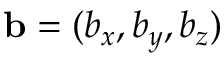
\mathbf { b } = ( b _ { x } , b _ { y } , b _ { z } )